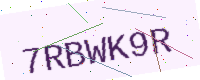
Text: 7RBWK9R